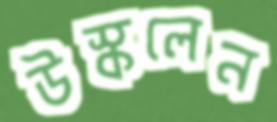
উস্‌কলেন